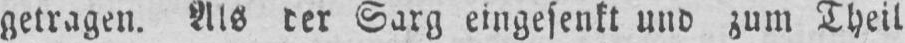
Sarg eingesenkt und zum Theil